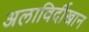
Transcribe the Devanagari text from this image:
अलाविर्दीखान